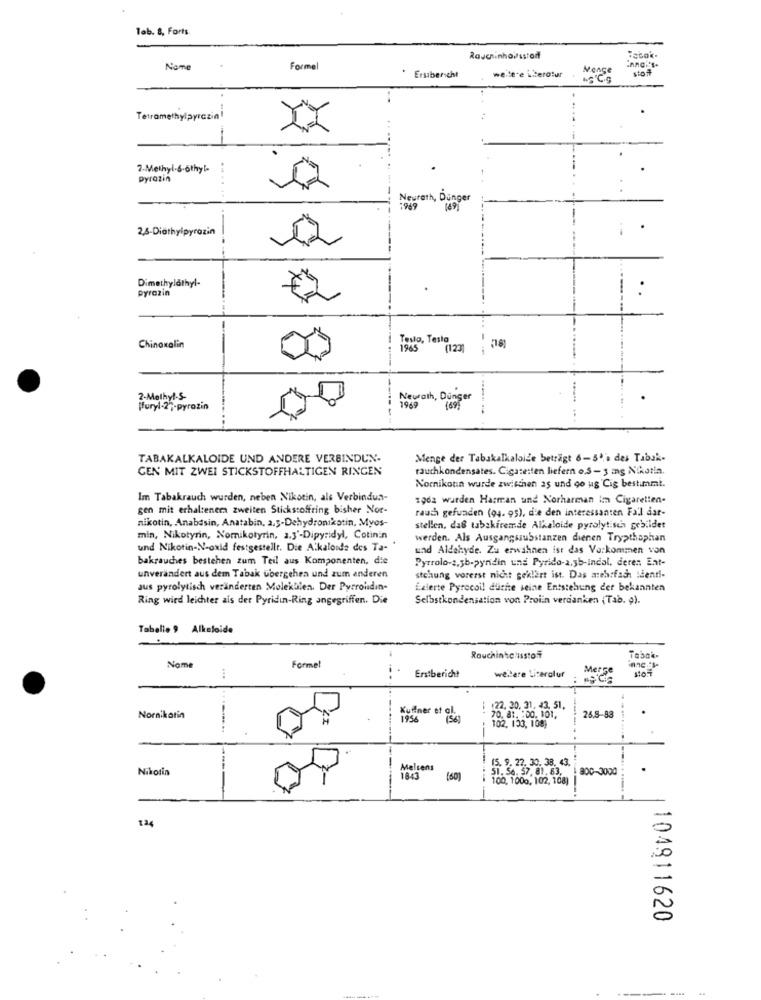
Tab. 8, Forts.
Rauchinhaltsstadt
Nome
Formel
weitere iliteratur
stof
Ersibericht
Tetramethylpyrazin
2-Methyl.6-6thyl-
pyrazin
Neurath, Dünger
1969
2,6-Diathylpyrazin
.
Dimethylathyl-
pyrazin
Tesla, Testa
Chinoxalin
1965
(123]
2-Methyl --
Neurath, Dunger
[furyl-2"-pyrazin
1969
----
---
TABAKALKALOIDE UND ANDERE VERBINDUN-
Menge der Tabakalkaloize betragt 6-50% des Tabak-
CEN MIT ZWEI STICKSTOFFHALTIGEN RINGEN
rauchkondensates. Cigaretten liefern o.S -3 mg Nikotin.
Nornikotin wurde zwischen as und go ug Cig bestimmt.
Im Tabakrauch wurden, neben Nikotin, als Verbindua-
zoda wurden Harran und Norharman Im Cigaretten-
gen mit erhaltenera zweiten Stickstoffring bisher Nor-
rauch gefunden (04. 95), die den interessanten Fall dar-
nikotin, Anabdsin, Anatabin, 2.3-Dehydronikotin, Myos-
stellen, daß tabskiremde Alkaloide pyrolytisch gebildet
min, Nikotyrin, Nomikotyrin, 2.3'-Dipyridyl, Cotinin
werden. Als Ausgangssubstanzen dienen Trypthophan
und Nikotin-N-oxid festgestellt. Die Alkaloids des Ta- "
und Aldehyde. Zu erwähnen ist das Varkommen von
bakrauches bestehen zum Teil aus Komponenten, die
Pyrrolo-2,5b-pynidin und Pyrido-a,5b-indal, deren Ent-
unverändert aus dem Tabak übergehen und zum anderen
stchung vorerst nicht geklart ist. Das amehrfach identi-
aus pyrolytisch veränderten Molekülen. Der Pyrrolidin-
Exierte Pyrecoil duche seine Entstehung der bekannten
Ring wird leichter als der Pyridin-Ring angegriffen. Die
Selbstkondensation von Proiin verdanken (Tab. 9).
Tabelle 9 Alkaloide
Rauchinhc huisstof
Tabak.
Name
Formel
Erstbericht
weitere Literaluf
Merse
sto4
122. 20. 31, 43. 51,
.
Nornikotin
Kuffner et 058
1956
70, 8 :. : 00. 101,
---
26.5-83
102. 133, 108)
--
9. 22. 30. 38. 43.
Nikotin
Melsens
51. 56. 57. 81.83. | 800-3000
1843
(60)
100, 1000, 102, 108)
----
124
104911620
---